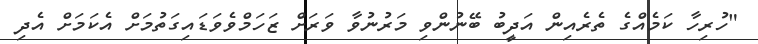
"ހުރިހާ ކަމެއްގެ ތެރެއިން އަދީބު ބޭނުންވި މަރުުނުވާ ވަރަށް ޒަހަމްވެވަޑައިގަތުމަށް އެކަމަށް އެދި